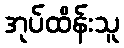
အုပ်ထိန်းသူ